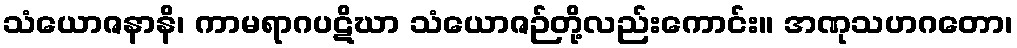
သံယောဇနာနိ၊ ကာမရာဂပဋိဃာ သံယောဇဉ်တို့လည်းကောင်း။ အဏုသဟဂတော၊